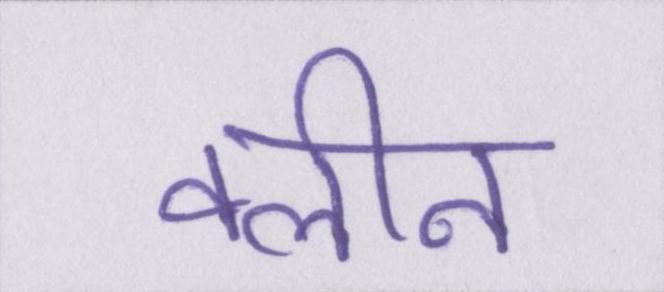
क्लीन